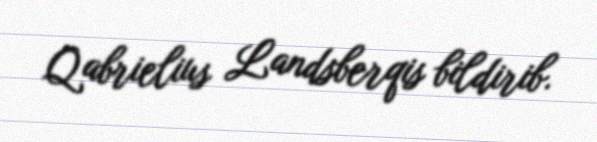
Qabrielius Landsberqis bildirib.